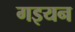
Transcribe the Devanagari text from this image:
गइयन